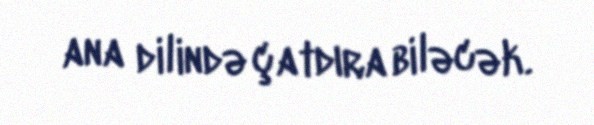
ana dilində çatdıra biləcək.